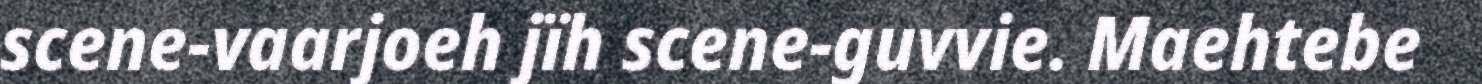
scene-vaarjoeh jïh scene-guvvie. Maehtebe